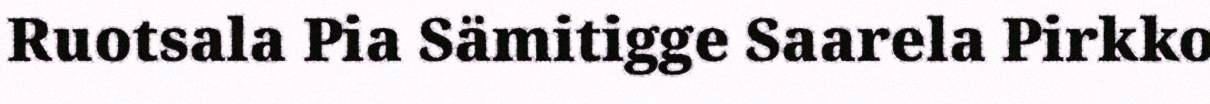
Ruotsala Pia Sämitigge Saarela Pirkko